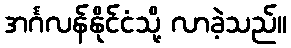
အင်္ဂလန်နိုင်ငံသို့ လာခဲ့သည်။